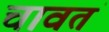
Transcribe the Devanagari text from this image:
चावतं